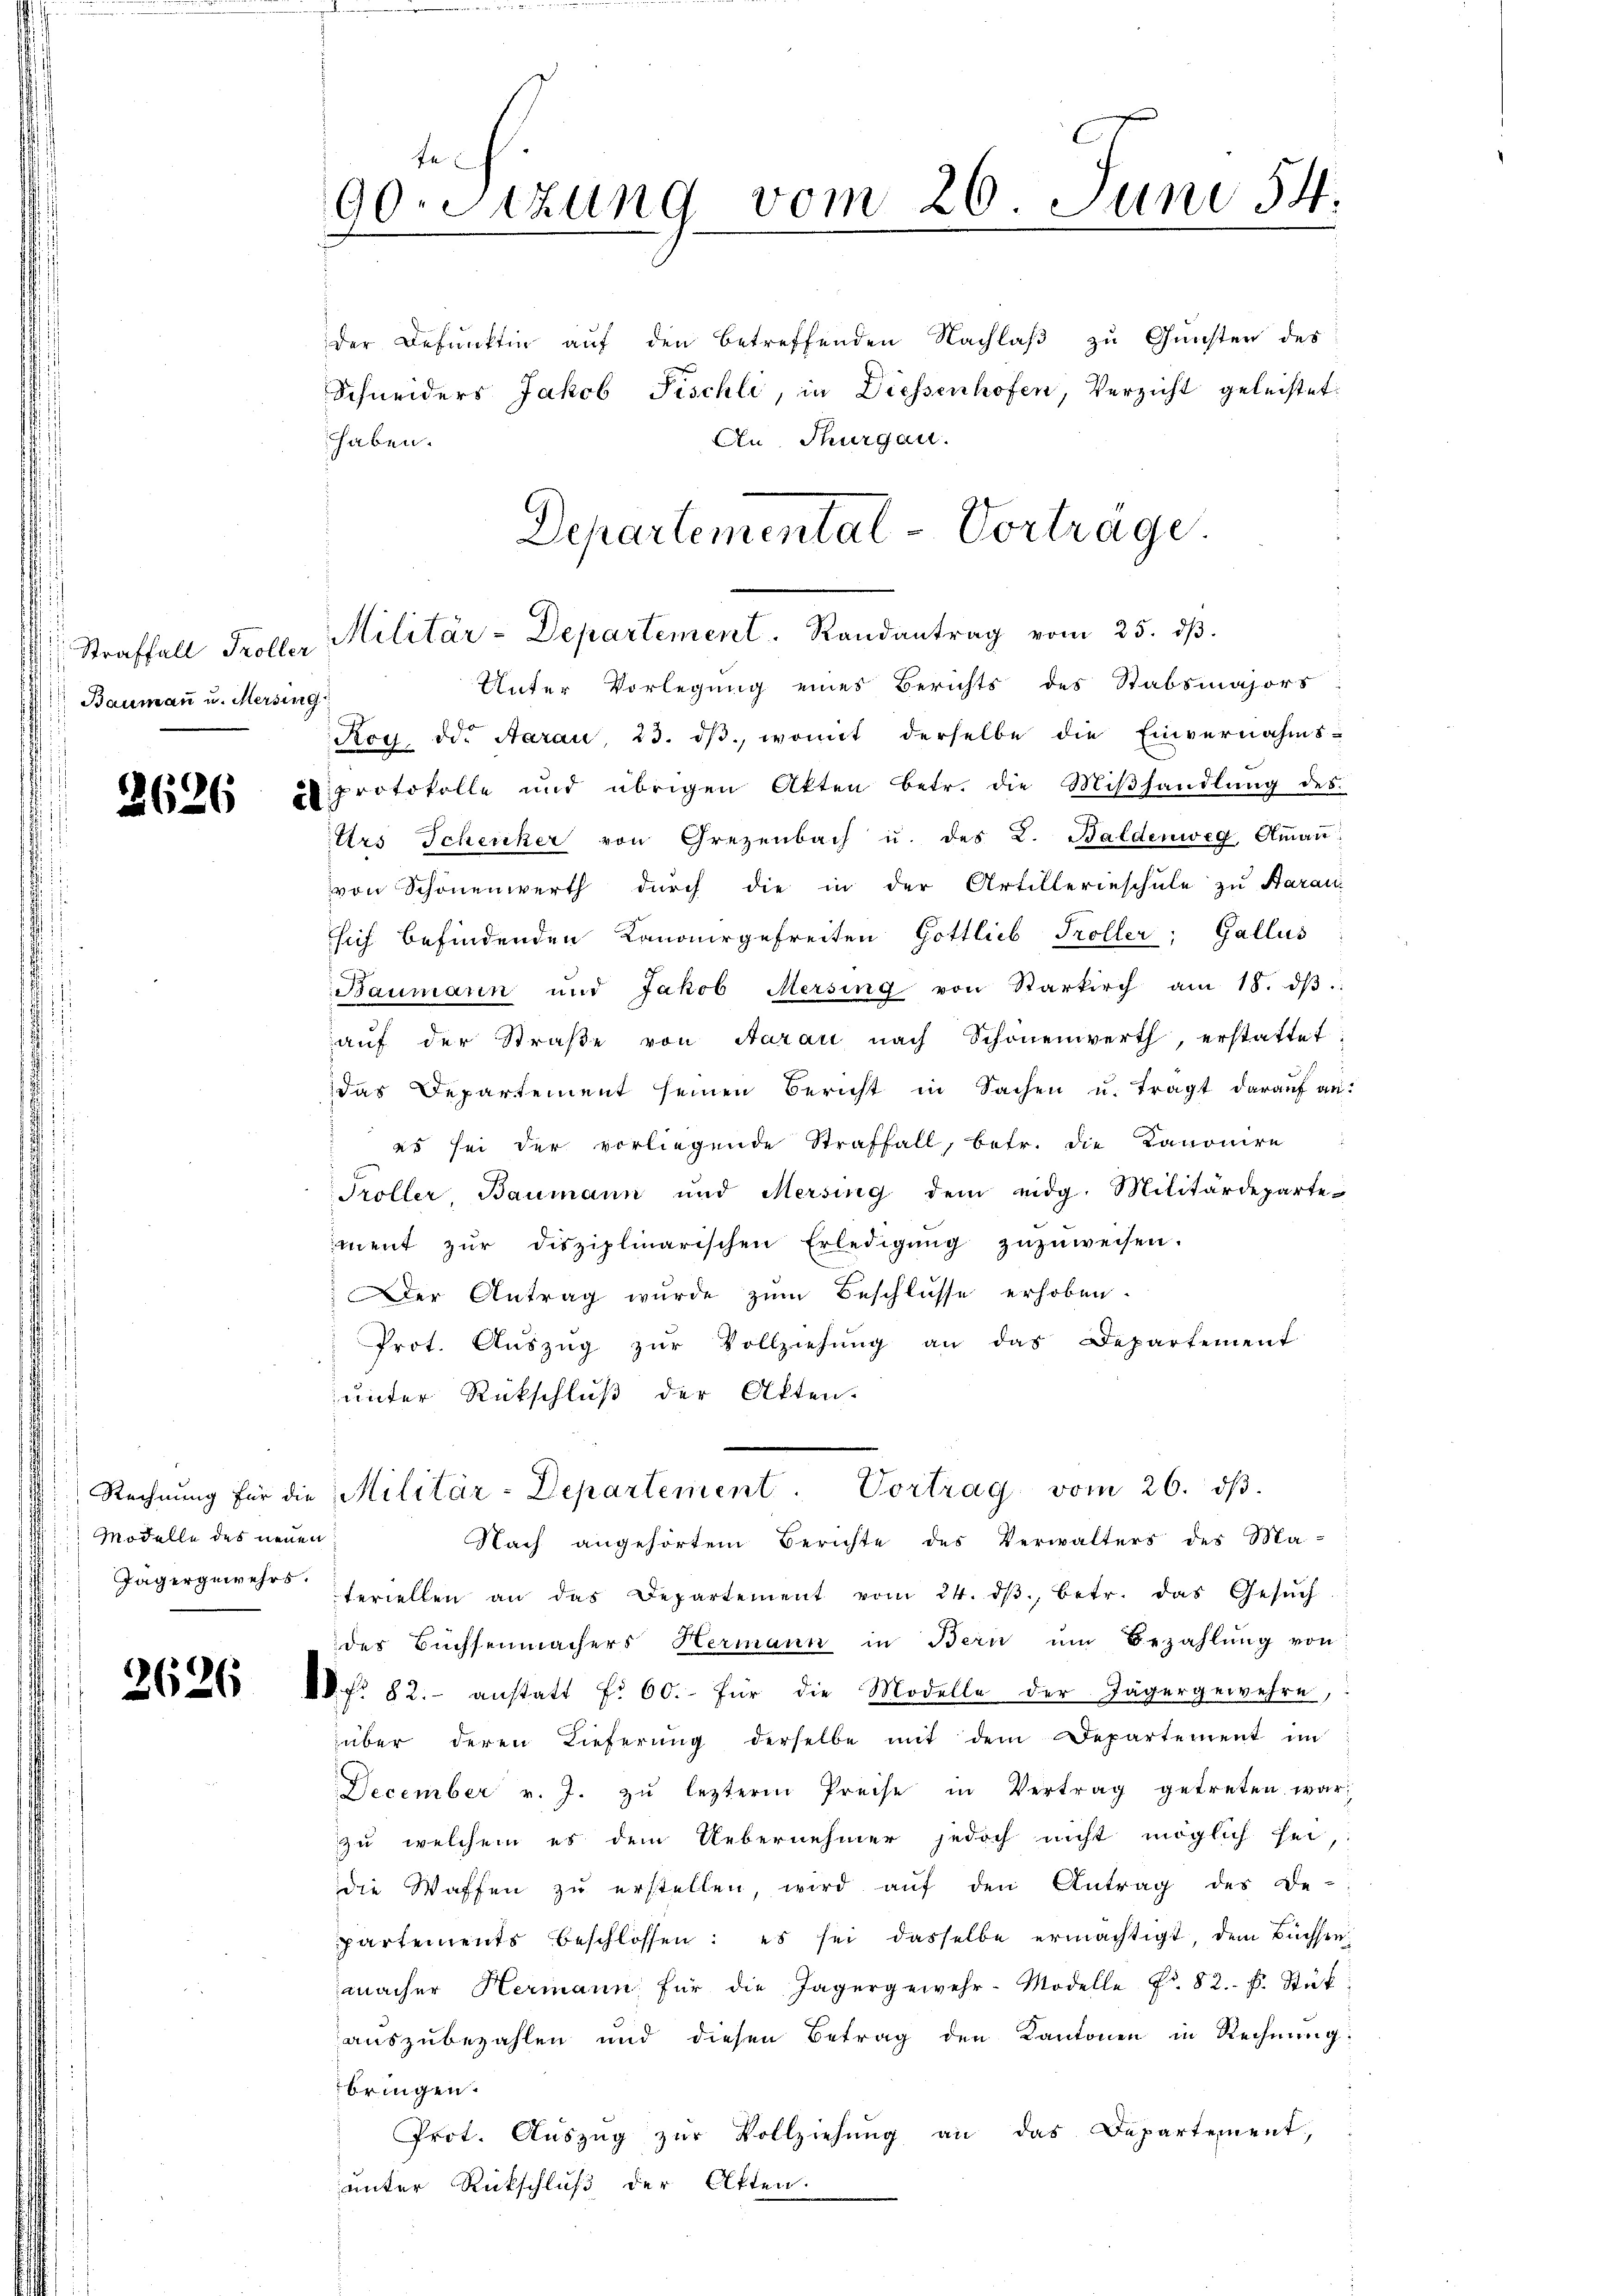
Straffall, Troller
Baumann u. Mersing

Modelle des neuen

fl
90. Sitzung vom 26. Juni 54.
.

der Befunkten auf den betreffenden Nachlaß zu Gunsten des
Schneiders Jakob Fischli, in Diessenhofen, Verzicht geleistet.
haben.
An Thurgau.
Departemental-Vorträge

Militär-Departement. Randantrag vom 25. dβ.

Unter Vorlegung eines Berichts des Stabsmajors
Ron die Aarau, 23. dβ. womit derselbe die Einvernahms-
25 265 2 protokolle und übrigen Akten betr. die Miβhandlŭng des
Urs Schenker von Grezenbach u. des L. Baldenweg, Amaṅ,
von Schönenwerth durch die in der Artillerieschule zu Aarau
hif befindenden Kanonergefreiten Gottlieb Troller, Gallus
Baumann und Jakob Mersing von Sarkirch am 18. dβ.
aŭf der Straβe von Aarau nach Schönenwerth, erstattet:
das Departement seinen Bericht in Sachen u. tragt darauf an:
es sei der vorliegende Straffall, betr. die Kanonire
Troller, Baumann und Mersing dem eidg. Militärdepartement zŭr disziplinarischen Erledigŭng zŭzŭweisen.
Der Antrag wurde zum Beschlüsse erhoben.
Prot. Aŭszŭg zŭr Vollziehŭng an das Departement
unter Rückschluß der Akten.
Rechnŭng für die Militär-Departement. Vortrag vom 26. dβ.
Nach angehörtem Berichte des Verwalters des Ma-
Jägergewehrs feriellen an das Departement vom 24. dβ betr. das Gesŭch
des Buchsenmachers Hermann in Bern um Bezahlung von
126526 f. 82. anstatt f. 60. für die Modelle der Jägergewehre,
über deren Lieferŭng derselbe mit dem Departement im
December v. J. zŭ leztere Preise in Vertrag getreten war,
zu welchem es dem Uebernehmer jedoch nicht möglich sei,
die Waffen zu erstellen, wird auf den Antrag des De-
partements beschlossen: es sei dasselbe ermächtigt, dem Büchsenmacher Hermann für die Jagergewehr-Modelle Nr. 82. f. Stük
auszubezahlen und diesen Betrag den Kantonen in Rechnung:
bringen.
Prot. Auszug zur Vollziehung an das Departement,
unter Rückschluß der Atten.